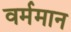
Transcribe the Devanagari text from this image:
वर्ममान